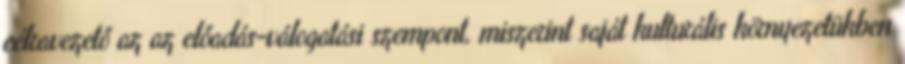
célravezető az az előadás-válogatási szempont, miszerint saját kulturális környezetükben